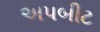
અપબીટ